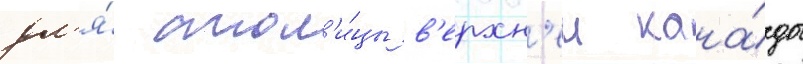
дл'я́ стол'и́цы в'ерхн'еи кана́ды